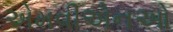
એમવીએનઓ